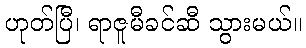
ဟုတ်ပြီ၊ ရာဇူမီခင်ဆီ သွားမယ်။